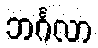
ဘင်္ဂလာ